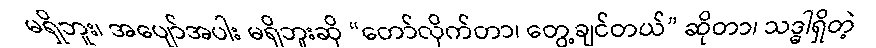
မရှိဘူး၊ အပျော်အပါး မရှိဘူးဆို “တော်လိုက်တာ၊ တွေ့ချင်တယ်” ဆိုတာ၊ သဒ္ဓါရှိတဲ့